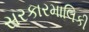
સરકારમાલિકી